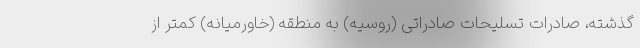
گذشته، صادرات تسلیحات صادراتی (روسیه) به منطقه (خاورمیانه) کمتر از